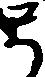
弓